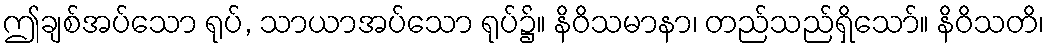
ဤချစ်အပ်သော ရုပ်, သာယာအပ်သော ရုပ်၌။ နိဝိသမာနာ၊ တည်သည်ရှိသော်။ နိဝိသတိ၊